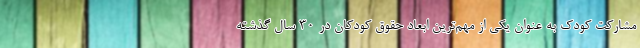
مشاركت كودك به عنوان يكي از مهم‌ترين ابعاد حقوق كودكان در ۳۰ سال گذشته